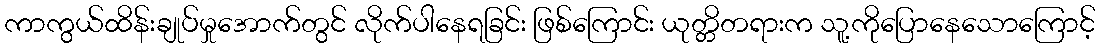
ကာကွယ်ထိန်းချုပ်မှုအောက်တွင် လိုက်ပါနေရခြင်း ဖြစ်ကြောင်း ယုတ္တိတရားက သူ့ကိုပြောနေသောကြောင့်